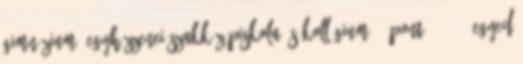
Gimnázium, Egyházzenei Szakközépiskola és Kollégium 46 pont; 13–14. Egyed